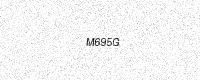
Text: M695G